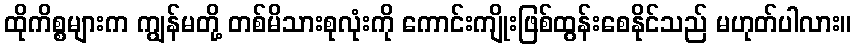
ထိုကိစ္စများက ကျွန်မတို့ တစ်မိသားစုလုံးကို ကောင်းကျိုးဖြစ်ထွန်းစေနိုင်သည် မဟုတ်ပါလား။